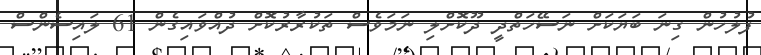
ފުލުހުން ގިނަ ބަޔަކަށް ނަސޭހަތްދީ ދޫކޮށްލި ނަމަވެސް ތަކުރާރުކޮށް ދުއްވައިގެން 61 ލައިސެންސް